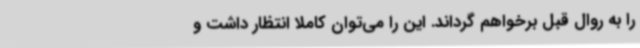
را به روال قبل برخواهم گرداند. این را می‌توان کاملا انتظار داشت و